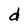
Character: d